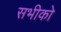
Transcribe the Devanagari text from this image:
सभीको